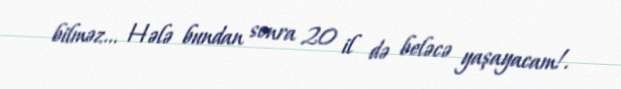
bilməz... Hələ bundan sonra 20 il də beləcə yaşayacam!.